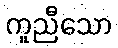
ကူညီသော